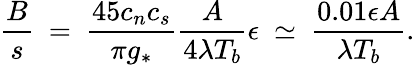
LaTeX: {\frac{B}{s}}~=~{\frac{45c_{n}c_{s}}{\pi g_{*}}}{\frac{A}{4\lambda T_{b}}}\epsilon~\simeq~{\frac{0.01\epsilon A}{\lambda T_{b}}}.